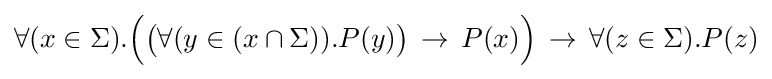
\forall (x\in \Sigma ).{\Big (}{\big (}\forall (y\in (x\cap \Sigma )).P(y){\big )}\,\to \,P(x){\Big )}\,\to \,\forall (z\in \Sigma ).P(z)